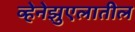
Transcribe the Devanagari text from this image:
व्हेनेझुएलातील